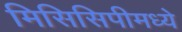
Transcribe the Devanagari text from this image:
मिसिसिपीमध्ये